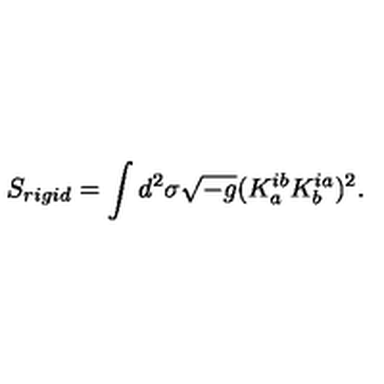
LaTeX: S _ { r i g i d } = \int d ^ { 2 } \sigma \sqrt { - g } ( K _ { a } ^ { i b } K _ { b } ^ { i a } ) ^ { 2 } .